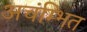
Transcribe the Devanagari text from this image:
अचंम्भित